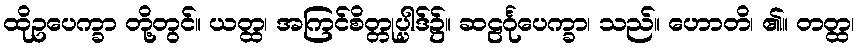
ထိုဥပေက္ခာ တို့တွင်။ ယတ္ထ၊ အကြင်စိတ္တုပ္ပါဒ်၌။ ဆဠင်္ဂုပေက္ခာ၊ သည်။ ဟောတိ၊ ၏။ တတ္ထ၊